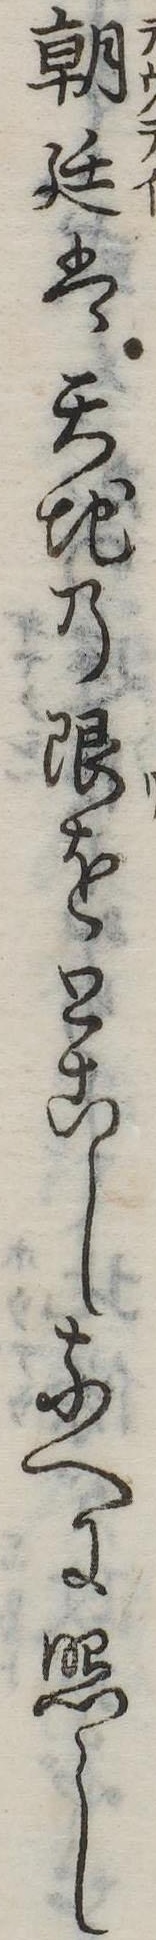
朝廷は天地の限をとこしなへに照し